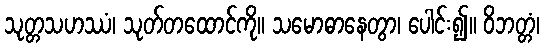
သုတ္တသဟဿံ၊ သုတ်တထောင်ကို။ သမောဓာနေတွာ၊ ပေါင်း၍။ ဝိဘတ္တံ၊